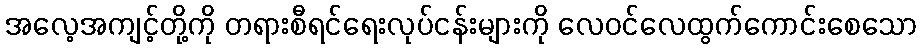
အလေ့အကျင့်တို့ကို တရားစီရင်ရေးလုပ်ငန်းများကို လေဝင်လေထွက်ကောင်းစေသော